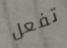
تفعل